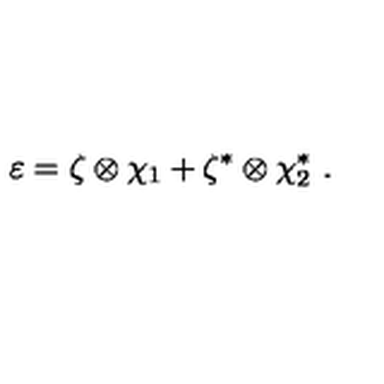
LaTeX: \varepsilon = \zeta \otimes \chi _ { 1 } + \zeta ^ { * } \otimes \chi _ { 2 } ^ { * } \ .